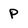
Character: P